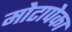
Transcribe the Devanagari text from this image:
मोटापेका